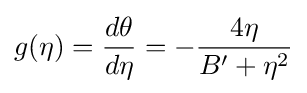
g(\eta )={\frac {d\theta }{d\eta }}=-{\frac {4\eta }{B'+\eta ^{2}}}